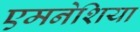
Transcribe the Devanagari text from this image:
एमनेशिया